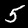
Digit: 5